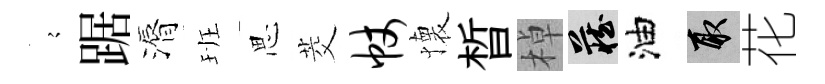
𡪹踞漘班思茭帐懐晳棹藏油取花